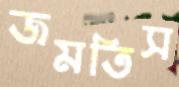
জমতিস